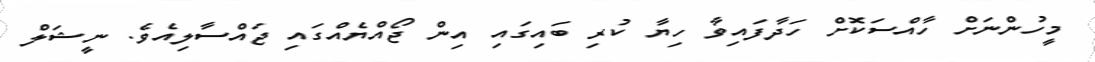
މީހުންނަށް ހާއްސަކޮށް ހަދާފައިވާ ހިޔާ ކުރި ބައިގައި އިން ޖޯއްޔެއްގައި ޖައްސާލިއެވެ. ނީޝަލް